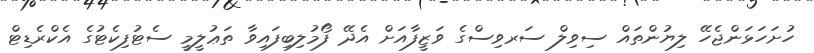
ހުށަހަޅަންޖެހޭ ލިޔުންތައް ސިވިލް ސަރވިސްގެ ވަޒީފާއަށް އެދޭ ފޯމުލިބިފައިވާ ތަޢުލީމީ ސެޓުފިކެޓުގެ އެކްރެޑިޓް